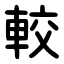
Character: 較